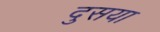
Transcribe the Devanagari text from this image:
दुसया